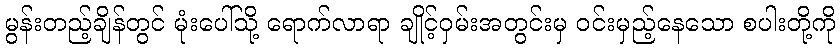
မွန်းတည့်ချိန်တွင် မုံးပေါ်သို့ ရောက်လာရာ ချိုင့်ဝှမ်းအတွင်းမှ ဝင်းမှည့်နေသော စပါးတို့ကို